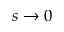
s \to 0